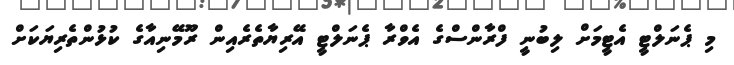
މި ޕެނަލްޓީ އެޓީމަށް ލިބުނީ ފްރާންސްގެ އެވްރާ ޕެނަލްޓީ އޭރިޔާތެރެއިން ރޫމޭނިއާގެ ކުޅުންތެރިޔަކަށް